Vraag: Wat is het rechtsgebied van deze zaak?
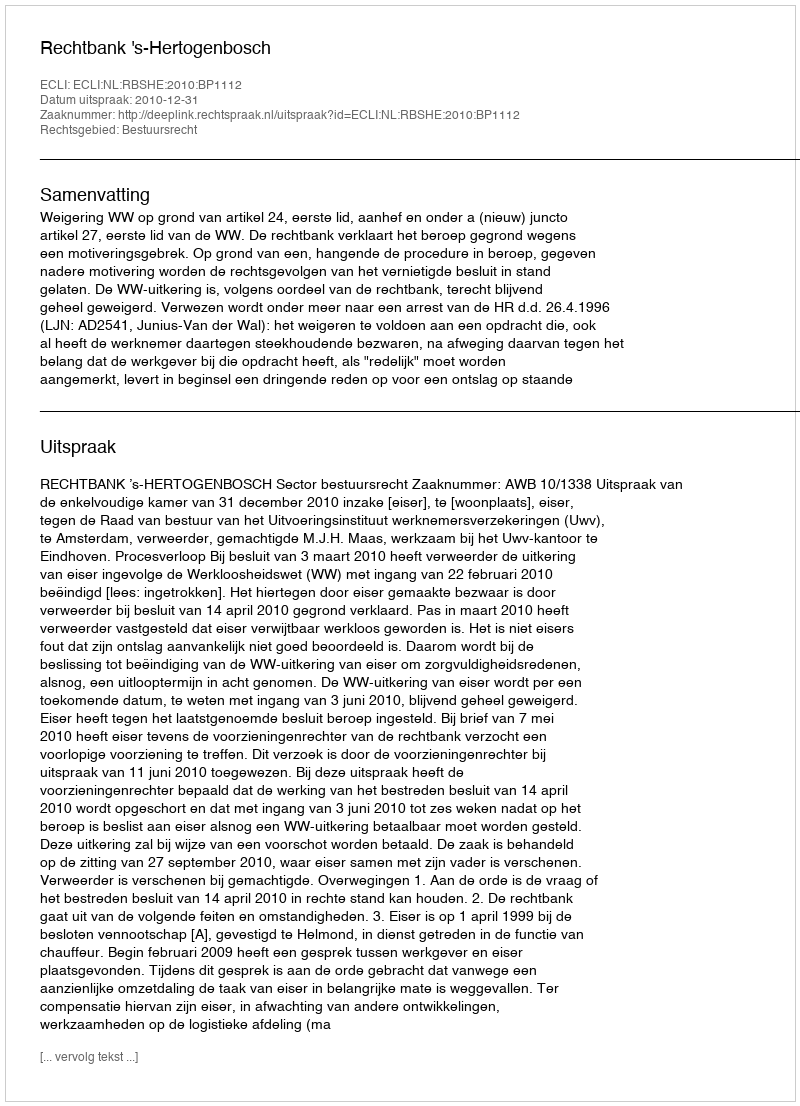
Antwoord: Bestuursrecht